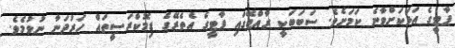
ޕާޓީގެ އަޅަކަށްވާނެ ކަމަށެވެ. ސަބަބަކީ ރާއްޖޭގައި ޕާޓީގެ އެތެރޭގެ ޑިމޮކްރަސީތައް ހަރުދަނާ ނުވުމެވެ.